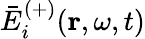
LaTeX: \bar{E}_{i}^{(+)}(\mathbf{r},\omega,t)